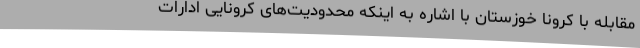
مقابله با کرونا خوزستان با اشاره به اینکه محدودیت‌های کرونایی ادارات